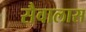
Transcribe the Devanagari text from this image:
सैवालास